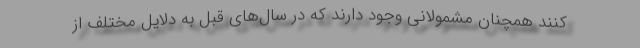
کنند همچنان مشمولانی وجود دارند که در سال‌های قبل به دلایل مختلف از